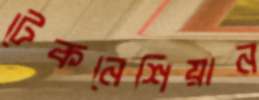
টেকনেশিয়ান